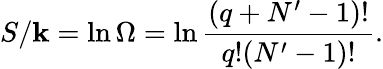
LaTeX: S/\mathbf{k}=\ln\Omega=\ln{\frac{{\left(q+N^{\prime}-1\right)!}}{{q!(N^{\prime}-1)!}}}.